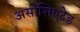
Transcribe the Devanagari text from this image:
असोशिएटेड